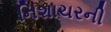
નિશાચરની